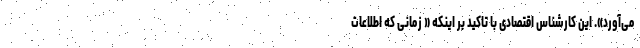
می‌آورد». این کارشناس اقتصادی با تاکید بر اینکه « زمانی که اطلاعات